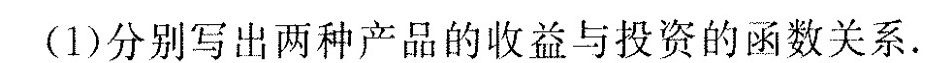
(1)分别写出两种产品的收益与投资的函数关系。